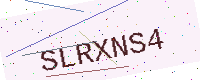
Text: SLRXNS4